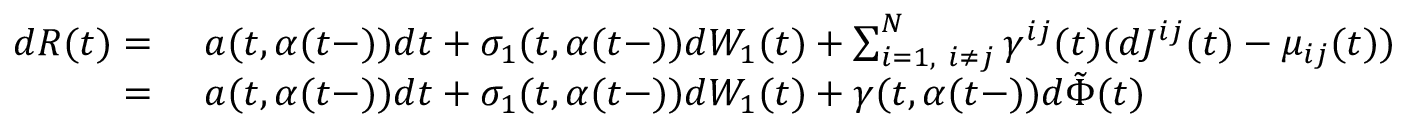
\begin{array} { r l } { d R ( t ) = } & { \ a ( t , \alpha ( t - ) ) d t + \sigma _ { 1 } ( t , \alpha ( t - ) ) d W _ { 1 } ( t ) + \sum _ { i = 1 , \ i \neq j } ^ { N } \gamma ^ { i j } ( t ) ( d J ^ { i j } ( t ) - \mu _ { i j } ( t ) ) } \\ { = } & { \ a ( t , \alpha ( t - ) ) d t + \sigma _ { 1 } ( t , \alpha ( t - ) ) d W _ { 1 } ( t ) + \gamma ( t , \alpha ( t - ) ) d \tilde { \Phi } ( t ) } \end{array}